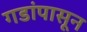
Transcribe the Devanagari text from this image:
गडांपासून